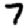
Digit: 7